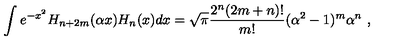
\int e ^ { - x ^ { 2 } } H _ { n + 2 m } ( \alpha x ) H _ { n } ( x ) d x = \sqrt { \pi } { \frac { 2 ^ { n } ( 2 m + n ) ! } { m ! } } ( \alpha ^ { 2 } - 1 ) ^ { m } \alpha ^ { n } \ ,